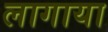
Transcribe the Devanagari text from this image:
लागाया